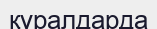
құралдарда